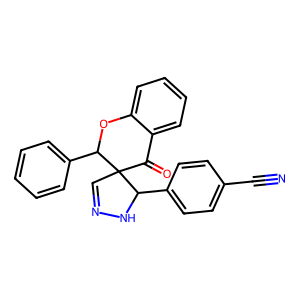
SMILES: N#Cc1ccc(C2NN=CC23C(=O)c2ccccc2OC3c2ccccc2)cc1
Inhibits HIV replication: No